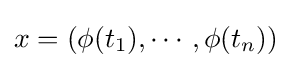
x=(\phi (t_{1}),\cdots ,\phi (t_{n}))